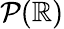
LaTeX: {\mathcal{P}}(\mathbb{R})